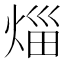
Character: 𤉣